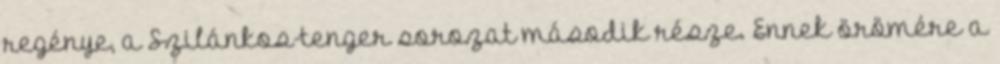
regénye, a Szilánkos-tenger sorozat második része. Ennek örömére a